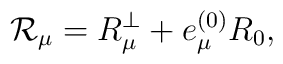
{\cal R}_\mu=R_{\mu}^\perp + e^{(0)}_\mu R_0,